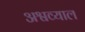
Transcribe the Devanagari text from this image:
अश्वव्याल